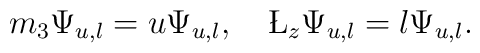
m_3\Psi_{u,l} = u\Psi_{u,l},~~~\L_z\Psi_{u,l}=l\Psi_{u,l}.